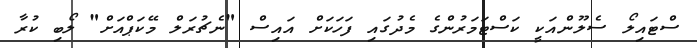
ސްޓައިލޯ ސެލޫންއަކީ ކަސްޓަމަރުންގެ މެދުގައި ފަހަކަށް އައިސް "ނެޗުރަލް މޭކަޕްއަށް" ލޯބި ކުރާ